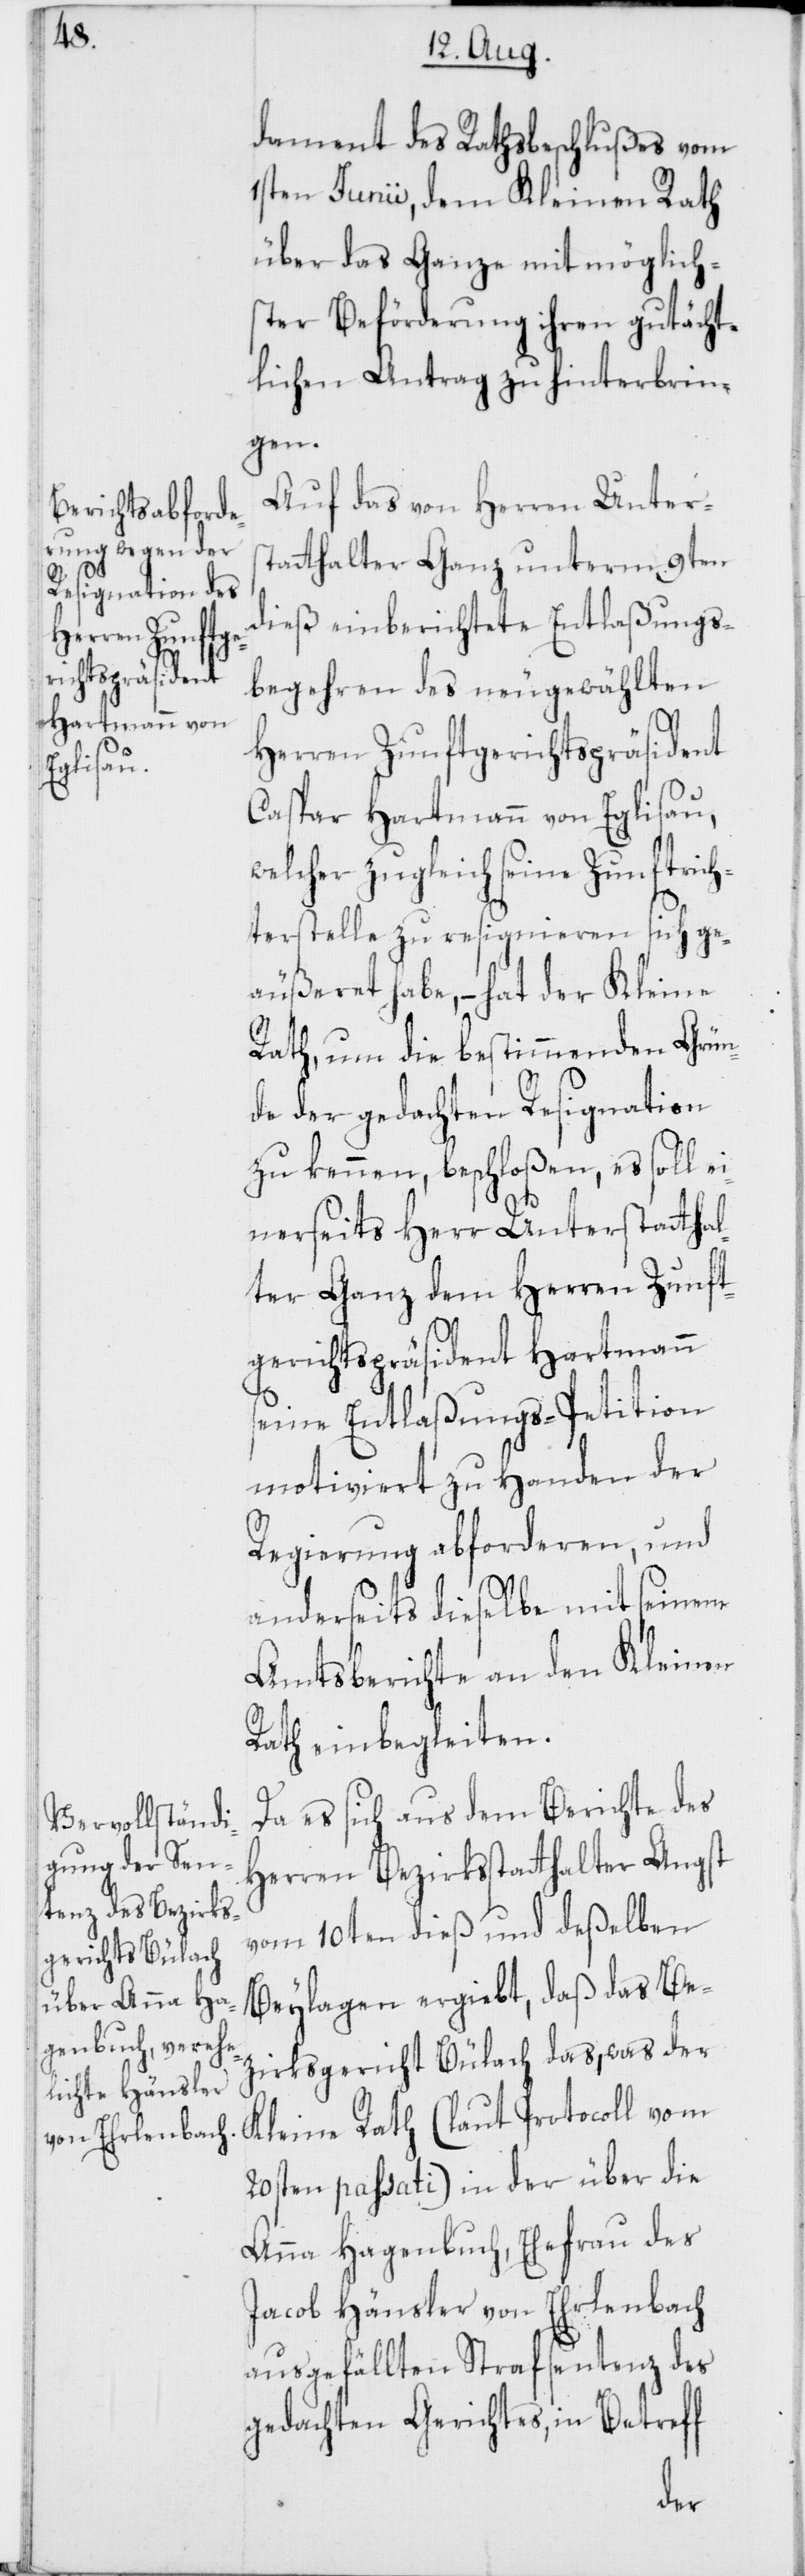
dament des Rathsbeschlußes vom
1sten Junii, dem Kleinen Rath
über das Ganze mit möglichs¬
ter Beförderung ihren gutächt¬
lichen Antrag zu hinterbrin¬
gen.
Auf das von Herren Unters¬
tatthalter Ganz unterm 9ten
dieß einberichtete Entlaßungs¬
begehren des neugewählten
Herren Zunftgerichtspräsident
Caspar Hartmann von Eglisau,
welcher zugleich seine Zunftrich¬
terstelle zu resignieren sich ge¬
äußeret habe, – hat der Kleine
Rath, um die bestimmenden Grün¬
de der gedachten Resignation
zu kennen, beschloßen, es soll ei¬
nerseits Herr Unterstatthal¬
ter Ganz dem Herren Zunft¬
gerichtspräsident Hartmann
seine Entlaßungs-Petition
motiviert zu Handen der
Regierung abforderen, und
anderseits dieselbe mit seinem
Amtsberichte an den Kleinen
Rath einbegleiten.
Da es sich aus dem Berichte des
Herren Bezirksstatthalter Angst
vom 10ten dieß und deßelben
Beylagen ergiebt, daß das Be¬
zirksgericht Bülach das, was der
Kleine Rath (laut Protocoll vom
20sten passati) in der über die
Anna Hagenbuch, Ehefrau des
Jacob Hänsler von Ehrlenbach
ausgefällten Strafsentenz des
gedachten Gerichtes, in Betreff